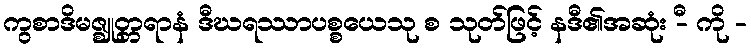
ကွစာဒိမဇ္ဈုတ္တရာနံ ဒီဃရဿာပစ္စယေသု စ သုတ်ဖြင့် နဒီ၏အဆုံး -ီ ကို -